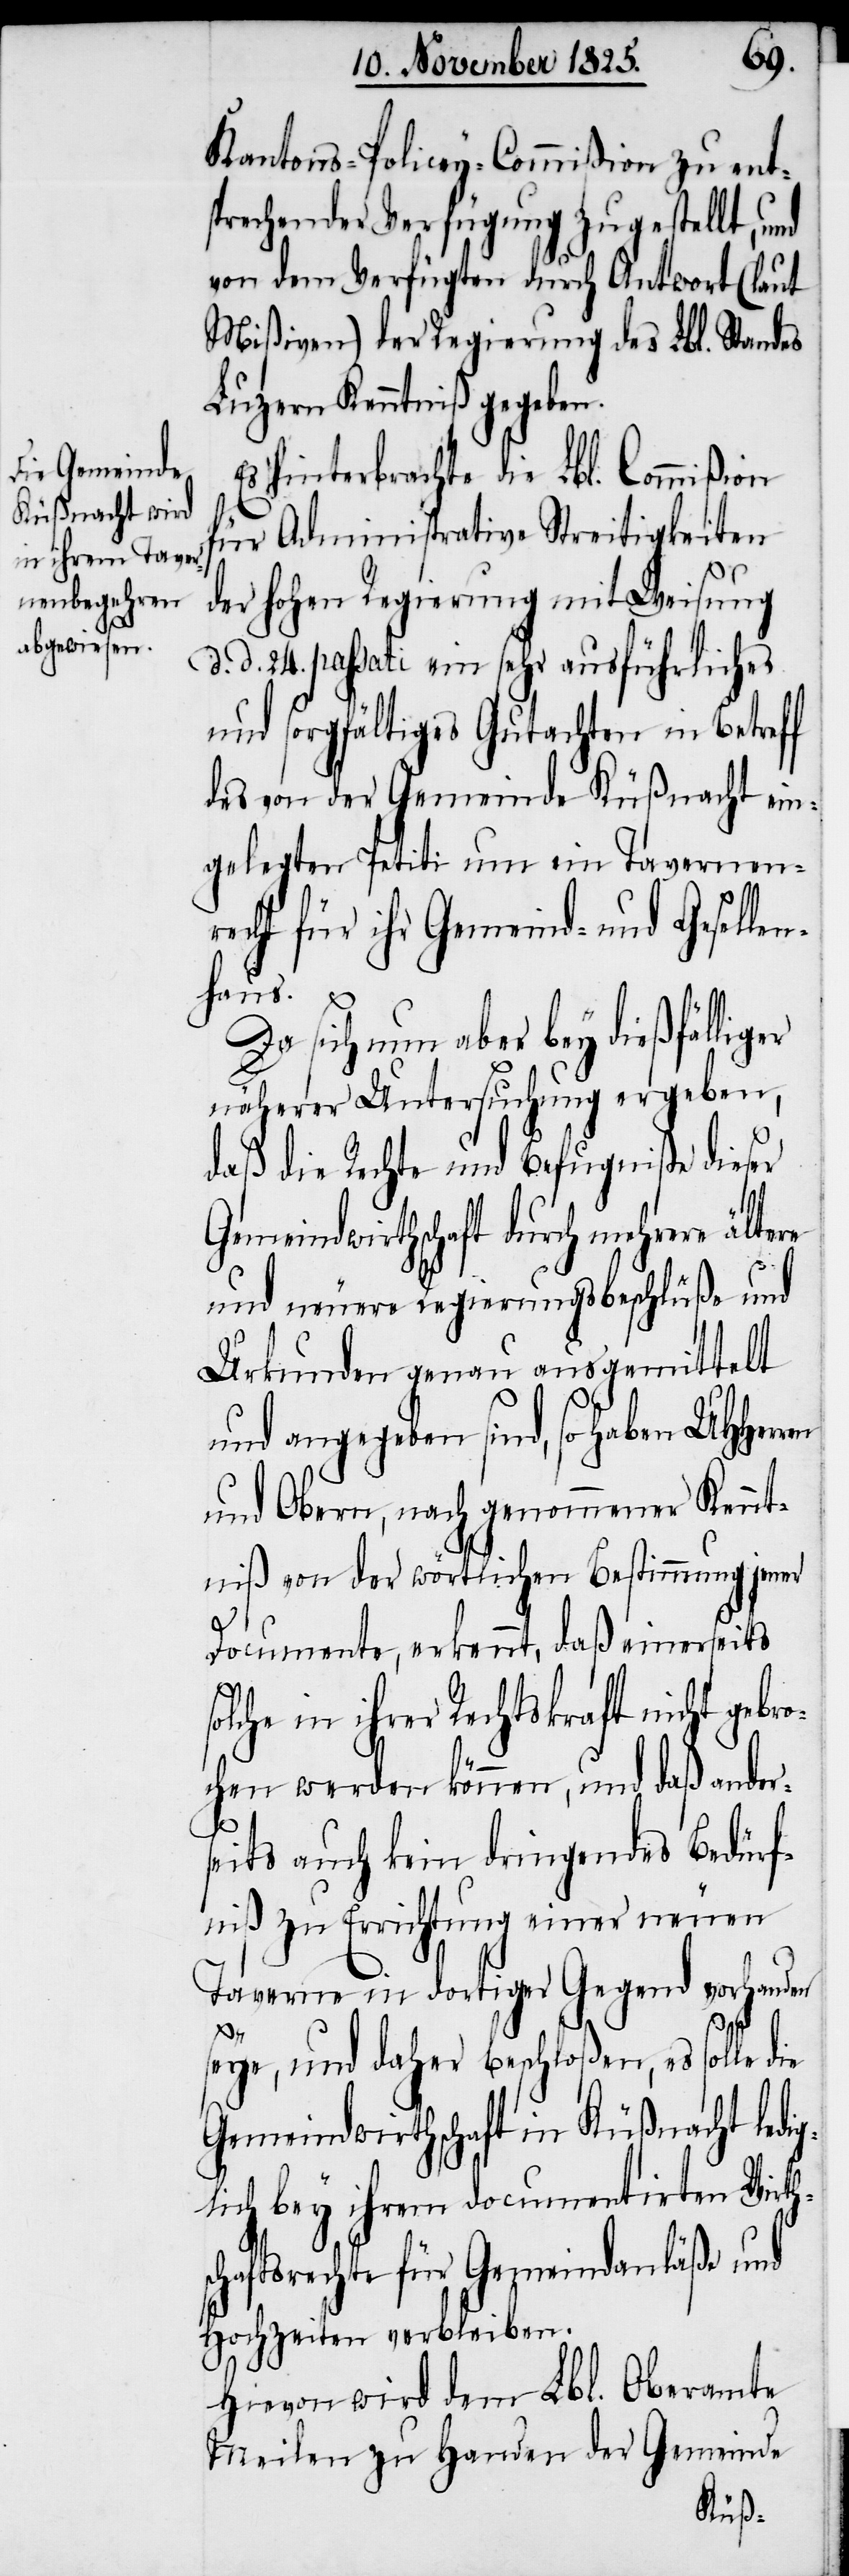
Kantons-Policey-Commißion zu ent¬
sprechender Verfügung zugestellt, und
von dem Verfügten durch Antwort (laut
Mißiven) der Regierung des Lbl. Standes
Luzern Kenntniß gegeben.
Es hinterbrachte die Lbl. Commißion
für Administrative Streitigkeiten
der hohen Regierung mit Weisung
d. d. 24. passati ein sehr ausführliches
und sorgfältiges Gutachten in Betreff
des von der Gemeinde Küßnacht ein¬
gelegten Petiti um ein Tavernenr¬
echt für ihr Gemeind- und Geselle¬
nhaus.
Da sich nun aber bey dießfälliger
näherer Untersuchung ergeben,
daß die Rechte und Befugniße dieser
Gemeindwirthschaft durch mehrere ältere
und neuere Regierungsbeschlüße und
Urkunden genau ausgemittelt
und angegeben sind, so haben UHHerr¬
und Obern, nach genommener Kennt¬
niß von der wörtlichen Bestimmung jener
Documente, erkennt, daß einerseits s¬
olche in ihrer Rechtskraft nicht gebro¬
chen werden können, und daß ander¬
seits auch kein dringendes Bedürf¬
niß zu Errichtung einer neuen
Taverne in dortiger Gegend vorhanden
en
seye, und daher beschloßen, es solle
Gemeindwirthschaft in Küßnacht ledig¬
lich bey ihrem documentirten Wirths¬
chaftsrechte für Gemeindanläße und
Hochzeiten verbleiben.
Hievon wird dem Lbl. Oberamte
Meilen zu Handen der Gemeinde